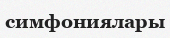
симфониялары